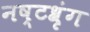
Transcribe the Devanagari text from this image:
नष्टश्रृंग